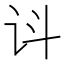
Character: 𬣟